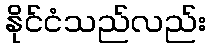
နိုင်ငံသည်လည်း